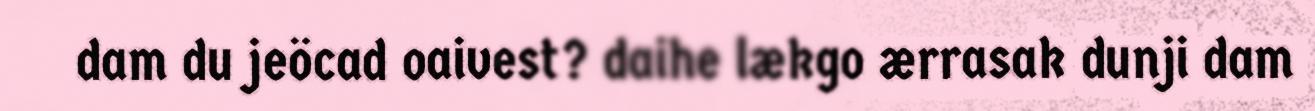
dam du jeöcad oaivest? daihe lækgo ærrasak dunji dam